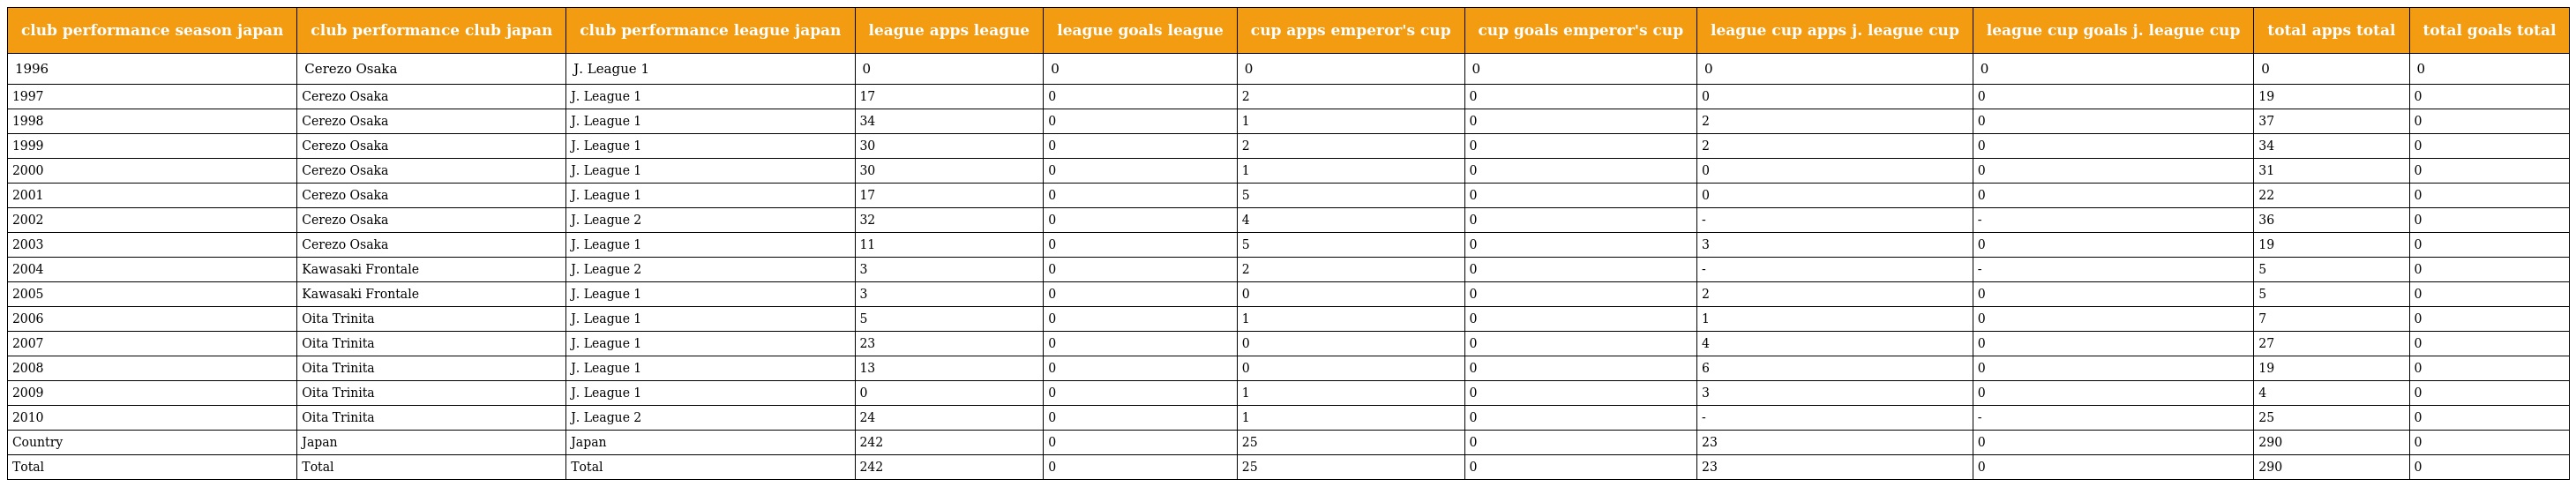
| club performance season japan | club performance club japan | club performance league japan | league apps league | league goals league | cup apps emperor's cup | cup goals emperor's cup | league cup apps j. league cup | league cup goals j. league cup | total apps total | total goals total |
 | --- | --- | --- | --- | --- | --- | --- | --- | --- | --- | --- |
 | 1996 | Cerezo Osaka | J. League 1 | 0 | 0 | 0 | 0 | 0 | 0 | 0 | 0 |
 | 1997 | Cerezo Osaka | J. League 1 | 17 | 0 | 2 | 0 | 0 | 0 | 19 | 0 |
 | 1998 | Cerezo Osaka | J. League 1 | 34 | 0 | 1 | 0 | 2 | 0 | 37 | 0 |
 | 1999 | Cerezo Osaka | J. League 1 | 30 | 0 | 2 | 0 | 2 | 0 | 34 | 0 |
 | 2000 | Cerezo Osaka | J. League 1 | 30 | 0 | 1 | 0 | 0 | 0 | 31 | 0 |
 | 2001 | Cerezo Osaka | J. League 1 | 17 | 0 | 5 | 0 | 0 | 0 | 22 | 0 |
 | 2002 | Cerezo Osaka | J. League 2 | 32 | 0 | 4 | 0 | - | - | 36 | 0 |
 | 2003 | Cerezo Osaka | J. League 1 | 11 | 0 | 5 | 0 | 3 | 0 | 19 | 0 |
 | 2004 | Kawasaki Frontale | J. League 2 | 3 | 0 | 2 | 0 | - | - | 5 | 0 |
 | 2005 | Kawasaki Frontale | J. League 1 | 3 | 0 | 0 | 0 | 2 | 0 | 5 | 0 |
 | 2006 | Oita Trinita | J. League 1 | 5 | 0 | 1 | 0 | 1 | 0 | 7 | 0 |
 | 2007 | Oita Trinita | J. League 1 | 23 | 0 | 0 | 0 | 4 | 0 | 27 | 0 |
 | 2008 | Oita Trinita | J. League 1 | 13 | 0 | 0 | 0 | 6 | 0 | 19 | 0 |
 | 2009 | Oita Trinita | J. League 1 | 0 | 0 | 1 | 0 | 3 | 0 | 4 | 0 |
 | 2010 | Oita Trinita | J. League 2 | 24 | 0 | 1 | 0 | - | - | 25 | 0 |
 | Country | Japan | Japan | 242 | 0 | 25 | 0 | 23 | 0 | 290 | 0 |
 | Total | Total | Total | 242 | 0 | 25 | 0 | 23 | 0 | 290 | 0 |